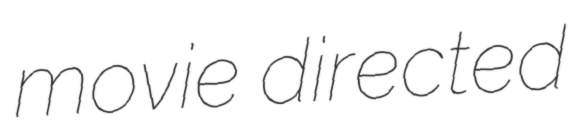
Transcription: movie directed